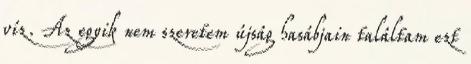
víz. Az egyik nem szeretem újság hasábjain találtam ezt